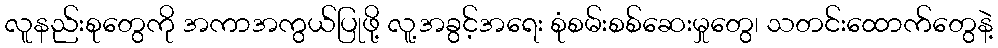
လူနည်းစုတွေကို အကာအကွယ်ပြုဖို့ လူ့အခွင့်အရေး စုံစမ်းစစ်ဆေးမှုတွေ၊ သတင်းထောက်တွေနဲ့